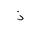
Letter: _thal